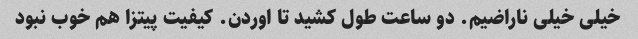
خیلی خیلی ناراضیم. دو ساعت طول کشید تا اوردن. کیفیت پیتزا هم خوب نبود